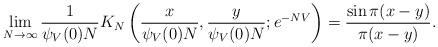
LaTeX: \begin{align*} \lim_{N \to \infty} \frac{1}{\psi_V(0)N} K_N \left(\frac{x}{\psi_V(0) N}, \frac{y}{\psi_V(0) N}; e^{-NV} \right)= \frac{\sin \pi(x-y)}{\pi(x-y)}. \end{align*}